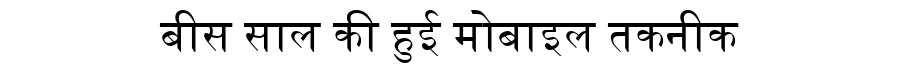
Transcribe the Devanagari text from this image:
बीस साल की हुई मोबाइल तकनीक